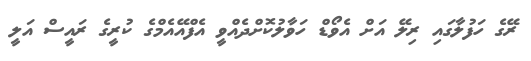
ރޭގެ ހަފުލާގައި ރިލޭ އަށް އެވޯޑް ހަވާލުކޮށްދެއްވީ އެފްއޭއެމްގެ ކުރީގެ ރައީސް އަލީ